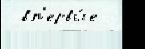
 вп'ервы́е